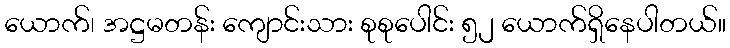
ယောက်၊ အဋ္ဌမတန်း ကျောင်းသား စုစုပေါင်း ၅၂ ယောက်ရှိနေပါတယ်။